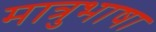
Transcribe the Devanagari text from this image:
मात्रुभाषा